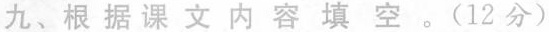
九、根据课文内容填空。(12分)